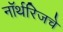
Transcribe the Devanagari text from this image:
नॉर्थरिजचे